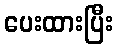
ပေးထားပြီး